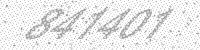
Solution: 841401